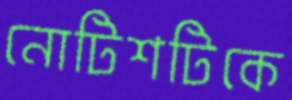
নোটিশটিকে